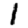
Digit: 1